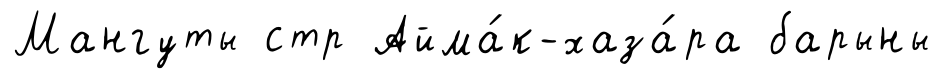
Мангуты стр Айма́к-хаза́ра барыны